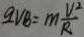
q V B = m \frac { V ^ { 2 } } { R }